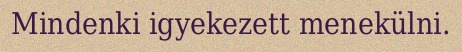
Mindenki igyekezett menekülni.